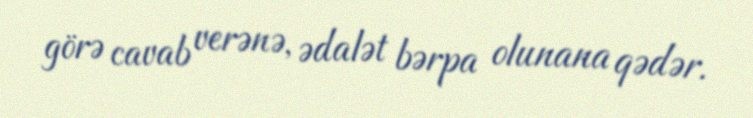
görə cavab verənə, ədalət bərpa olunana qədər.